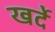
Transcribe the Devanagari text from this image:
खर्दे